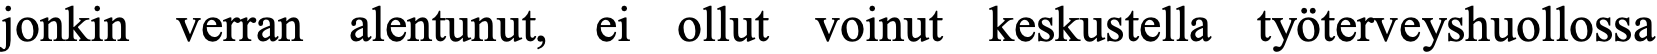
jonkin verran alentunut, ei ollut voinut keskustella työterveyshuollossa